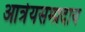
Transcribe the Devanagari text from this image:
आत्रेयसम्प्रदाय